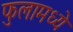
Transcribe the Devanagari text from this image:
फुलामध्ये